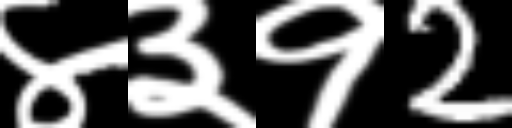
Text: ४३१2